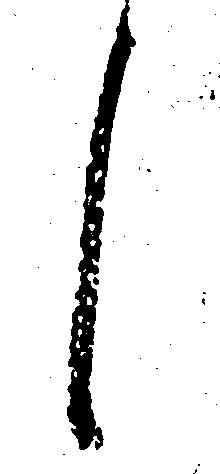
候